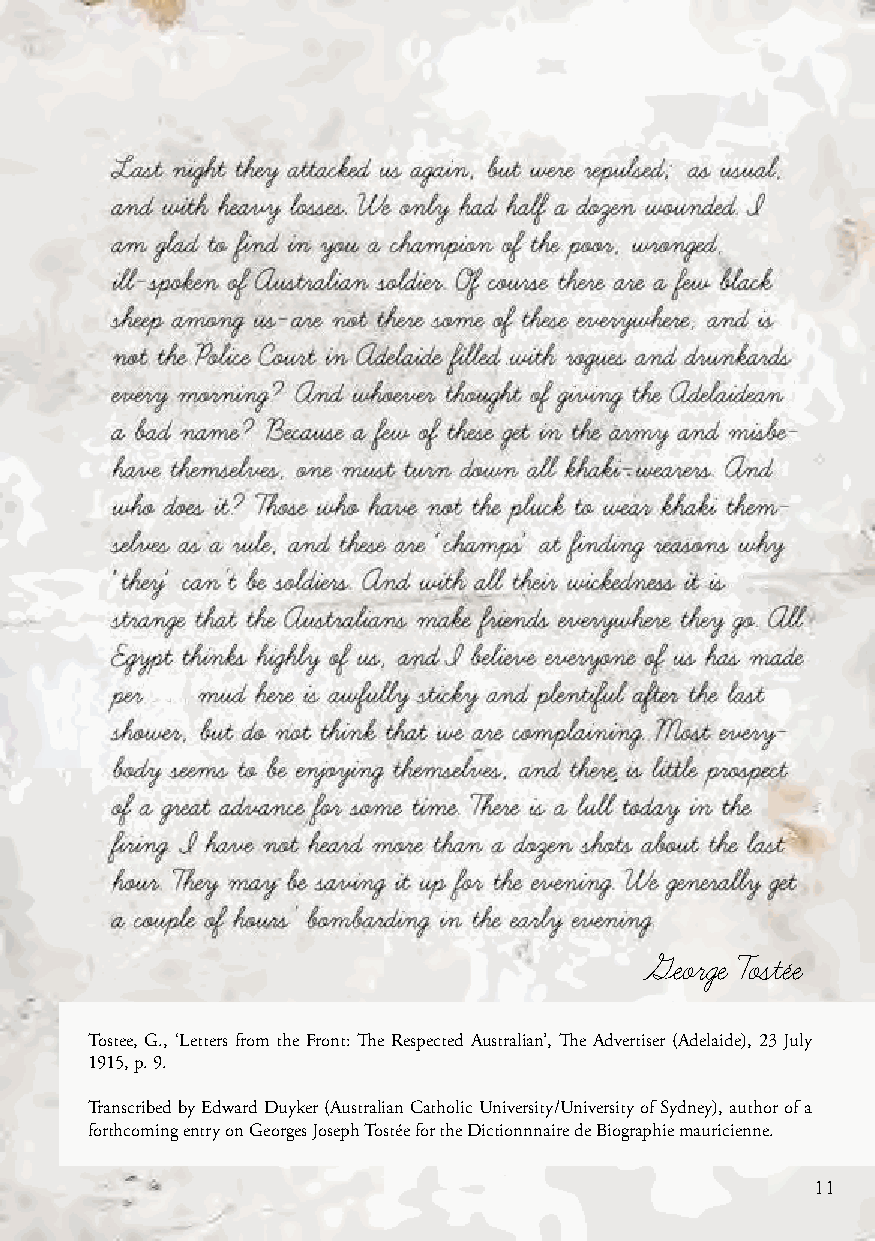
George Tostée
 Tostee, G., ‘Letters from the Front: The Respected Australian’, The Advertiser (Adelaide), 23 July
 1915, p. 9.
 Transcribed by Edward Duyker (Australian Catholic University/University of Sydney), author of a
 forthcoming entry on Georges Joseph Tostée for the Dictionnnaire de Biographie mauricienne.
 11